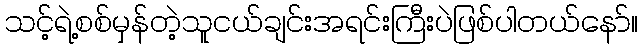
သင့်ရဲ့စစ်မှန်တဲ့သူငယ်ချင်းအရင်းကြီးပဲဖြစ်ပါတယ်နော်။